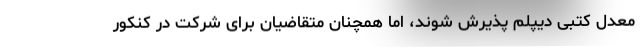
معدل کتبی دیپلم پذیرش شوند، اما همچنان متقاضیان برای شرکت در کنکور